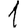
Digit: 1